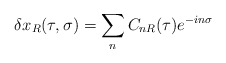
\begin{align*}\delta x_R(\tau,\sigma)=\sum_n C_{nR}(\tau)e^{-in\sigma}\end{align*}